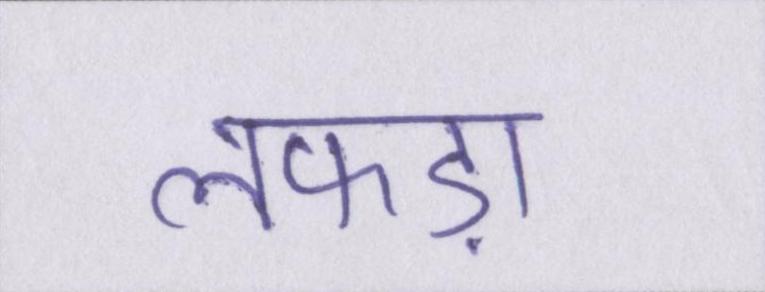
लफड़ा